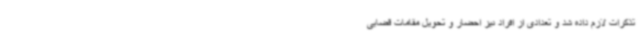
تذکرات لازم داده شد و تعدادی از افراد نیز احضار و تحویل مقامات قضایی